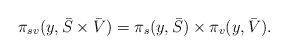
\begin{align*}\pi_{sv}(y,\bar{S}\times\bar{V})= \pi_{s}(y,\bar{S})\times \pi_{v}(y,\bar{V}).\end{align*}